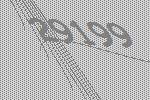
29199